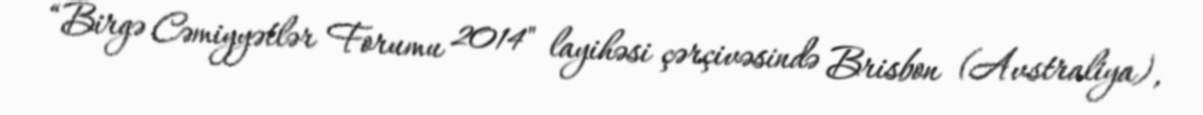
“Birgə Cəmiyyətlər Forumu 2014" layihəsi çərçivəsində Brisbon (Avstraliya),